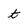
Character: t